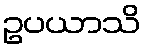
ဥပယာသိ